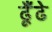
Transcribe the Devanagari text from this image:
ढूँढे